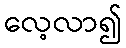
လေ့လာ၍